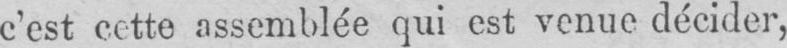
c’est cette assemblée qui est venue décider,